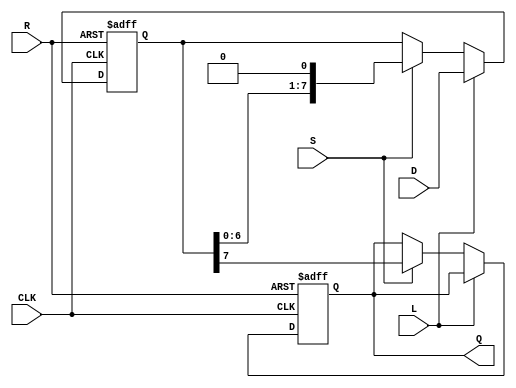
module PISO_Register #(
    parameter N = 8  // Width of the parallel data input
)(
    input  wire [N-1:0] D,  // Parallel Data Input
    input  wire L,          // Load signal
    input  wire S,          // Shift signal
    input  wire CLK,        // Clock signal
    input  wire R,          // Reset signal
    output reg  Q           // Serial Output
);

    reg [N-1:0] shift_reg;   // Shift register to hold the data

    always @(posedge CLK or posedge R) begin
        if (R) begin
            shift_reg <= 0;   // Asynchronous reset
            Q <= 0;           // Clear output
        end else if (L) begin
            shift_reg <= D;   // Load parallel data into the shift register
        end else if (S) begin
            Q <= shift_reg[N-1]; // Output the MSB to Q
            shift_reg <= {shift_reg[N-2:0], 1'b0}; // Shift right and fill LSB with 0
        end
    end

endmodule